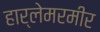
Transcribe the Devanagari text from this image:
हार्लेमरमीर